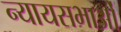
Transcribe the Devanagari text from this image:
न्यायसभाओं